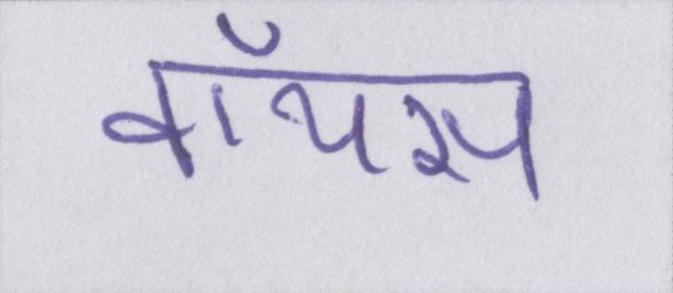
वॉयस